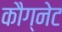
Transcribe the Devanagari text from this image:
कौग्नेट